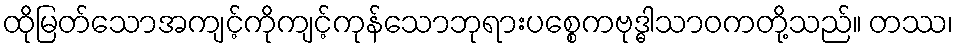
ထိုမြတ်သောအကျင့်ကိုကျင့်ကုန်သောဘုရားပစ္စေကဗုဒ္ဓါသာဝကတို့သည်။ တဿ၊